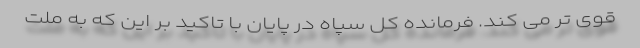
قوی تر می کند. فرمانده کل سپاه در پایان با تاکید بر این که به ملت